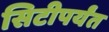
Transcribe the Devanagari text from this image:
सिटीपर्यंत